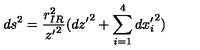
d s ^ { 2 } = \frac { r _ { I R } ^ { 2 } } { { z ^ { \prime } } ^ { 2 } } ( { d z ^ { \prime } } ^ { 2 } + \sum _ { i = 1 } ^ { 4 } { d x _ { i } ^ { \prime } } ^ { 2 } )